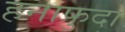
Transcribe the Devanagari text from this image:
हनाफुदा